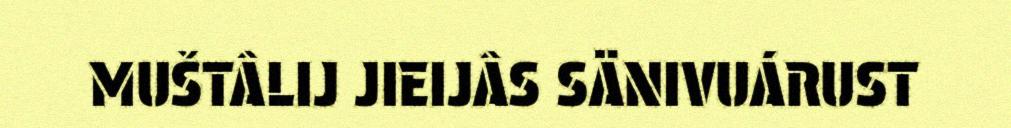
MUŠTÂLIJ JIEIJÂS SÄNIVUÁRUST